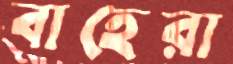
বাহেরা